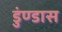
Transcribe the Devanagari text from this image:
डुंण्डास